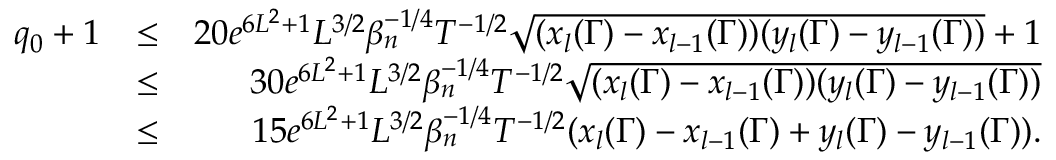
\begin{array} { r l r } { q _ { 0 } + 1 } & { \leq } & { 2 0 e ^ { 6 L ^ { 2 } + 1 } L ^ { 3 \slash 2 } \beta _ { n } ^ { - 1 \slash 4 } T ^ { - 1 \slash 2 } \sqrt { ( x _ { l } ( \Gamma ) - x _ { l - 1 } ( \Gamma ) ) ( y _ { l } ( \Gamma ) - y _ { l - 1 } ( \Gamma ) ) } + 1 } \\ & { \leq } & { 3 0 e ^ { 6 L ^ { 2 } + 1 } L ^ { 3 \slash 2 } \beta _ { n } ^ { - 1 \slash 4 } T ^ { - 1 \slash 2 } \sqrt { ( x _ { l } ( \Gamma ) - x _ { l - 1 } ( \Gamma ) ) ( y _ { l } ( \Gamma ) - y _ { l - 1 } ( \Gamma ) ) } } \\ & { \leq } & { 1 5 e ^ { 6 L ^ { 2 } + 1 } L ^ { 3 \slash 2 } \beta _ { n } ^ { - 1 \slash 4 } T ^ { - 1 \slash 2 } ( x _ { l } ( \Gamma ) - x _ { l - 1 } ( \Gamma ) + y _ { l } ( \Gamma ) - y _ { l - 1 } ( \Gamma ) ) . } \\ & { } & \end{array}